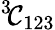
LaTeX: ^{3\! }{\cal C}_{123}